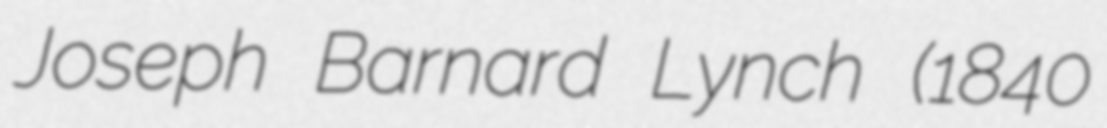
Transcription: Joseph Barnard Lynch (1840